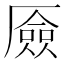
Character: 厱